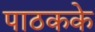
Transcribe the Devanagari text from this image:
पाठकके